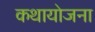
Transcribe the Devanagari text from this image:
कथायोजना